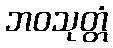
ဘဝသုတ္တံ